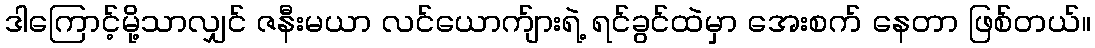
ဒါကြောင့်မို့သာလျှင် ဇနီးမယာ လင်ယောက်ျားရဲ့ ရင်ခွင်ထဲမှာ အေးစက် နေတာ ဖြစ်တယ်။